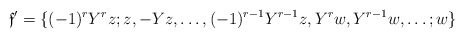
\begin{align*}{\mathfrak{f}}'& = \{ (-1)^rY^rz; z, -Yz, \ldots ,(-1)^{r-1}Y^{r-1}z, Y^rw, Y^{r-1}w, \ldots ; w \} \end{align*}